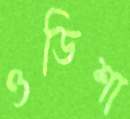
ওডিশা